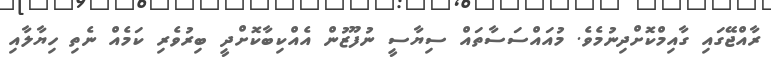
ރާއްޖޭގައި ގާއިމްކޮށްދިނުމެވެ. މުއައްސަސާތައް ސިޔާސީ ނުފޫޒުން އެއްކިބާކޮށްދީ ބިރުވެރި ކަމެއް ނެތި ހިޔާލާއި